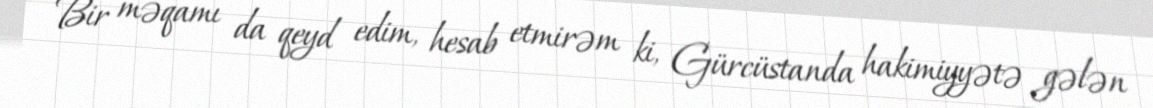
Bir məqamı da qeyd edim, hesab etmirəm ki, Gürcüstanda hakimiyyətə gələn